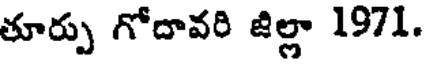
తూర్పు గోదావరి జిల్లా 1971.